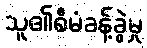
သူ၏စီမံခန့်ခွဲမှု